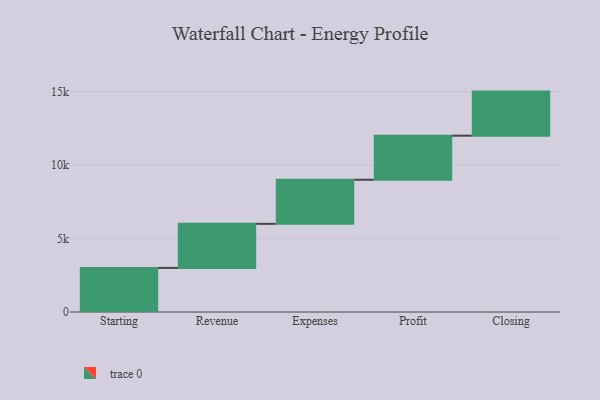
{"axis": {"x": "Step", "y": "Value"}, "legend": [""], "data": [{"x": "Starting", "y": 3000, "type": ""}, {"x": "Revenue", "y": 3000, "type": ""}, {"x": "Expenses", "y": 3000, "type": ""}, {"x": "Profit", "y": 3000, "type": ""}, {"x": "Closing", "y": 3000, "type": ""}]}